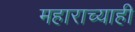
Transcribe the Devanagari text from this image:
महाराच्याही